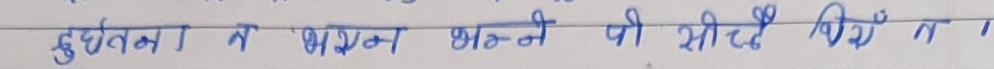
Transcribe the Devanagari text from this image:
दुइटका रे पालन-भरण पी सीदै सिध्योँ ता ।